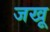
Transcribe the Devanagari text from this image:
जखू